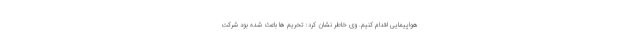
هواپیمایی اقدام کنیم. وی خاطر نشان کرد: تحریم ها باعث شده بود شرکت